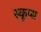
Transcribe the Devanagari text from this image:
स्कूप्स